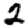
Digit: 2